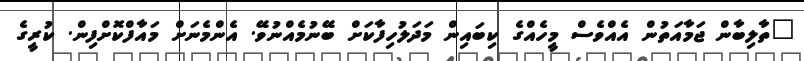
"ތާލިބާން ޖަމާއަތުން އެއްވެސް މީހެއްގެ ކިބައިން މަދަލުހިފާކަށް ބޭނުމެއްނުވޭ. އެންމެނަށް މައާފްކޮށްފިން. ކުރީގެ